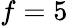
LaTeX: f=5